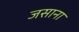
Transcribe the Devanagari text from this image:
जसाना